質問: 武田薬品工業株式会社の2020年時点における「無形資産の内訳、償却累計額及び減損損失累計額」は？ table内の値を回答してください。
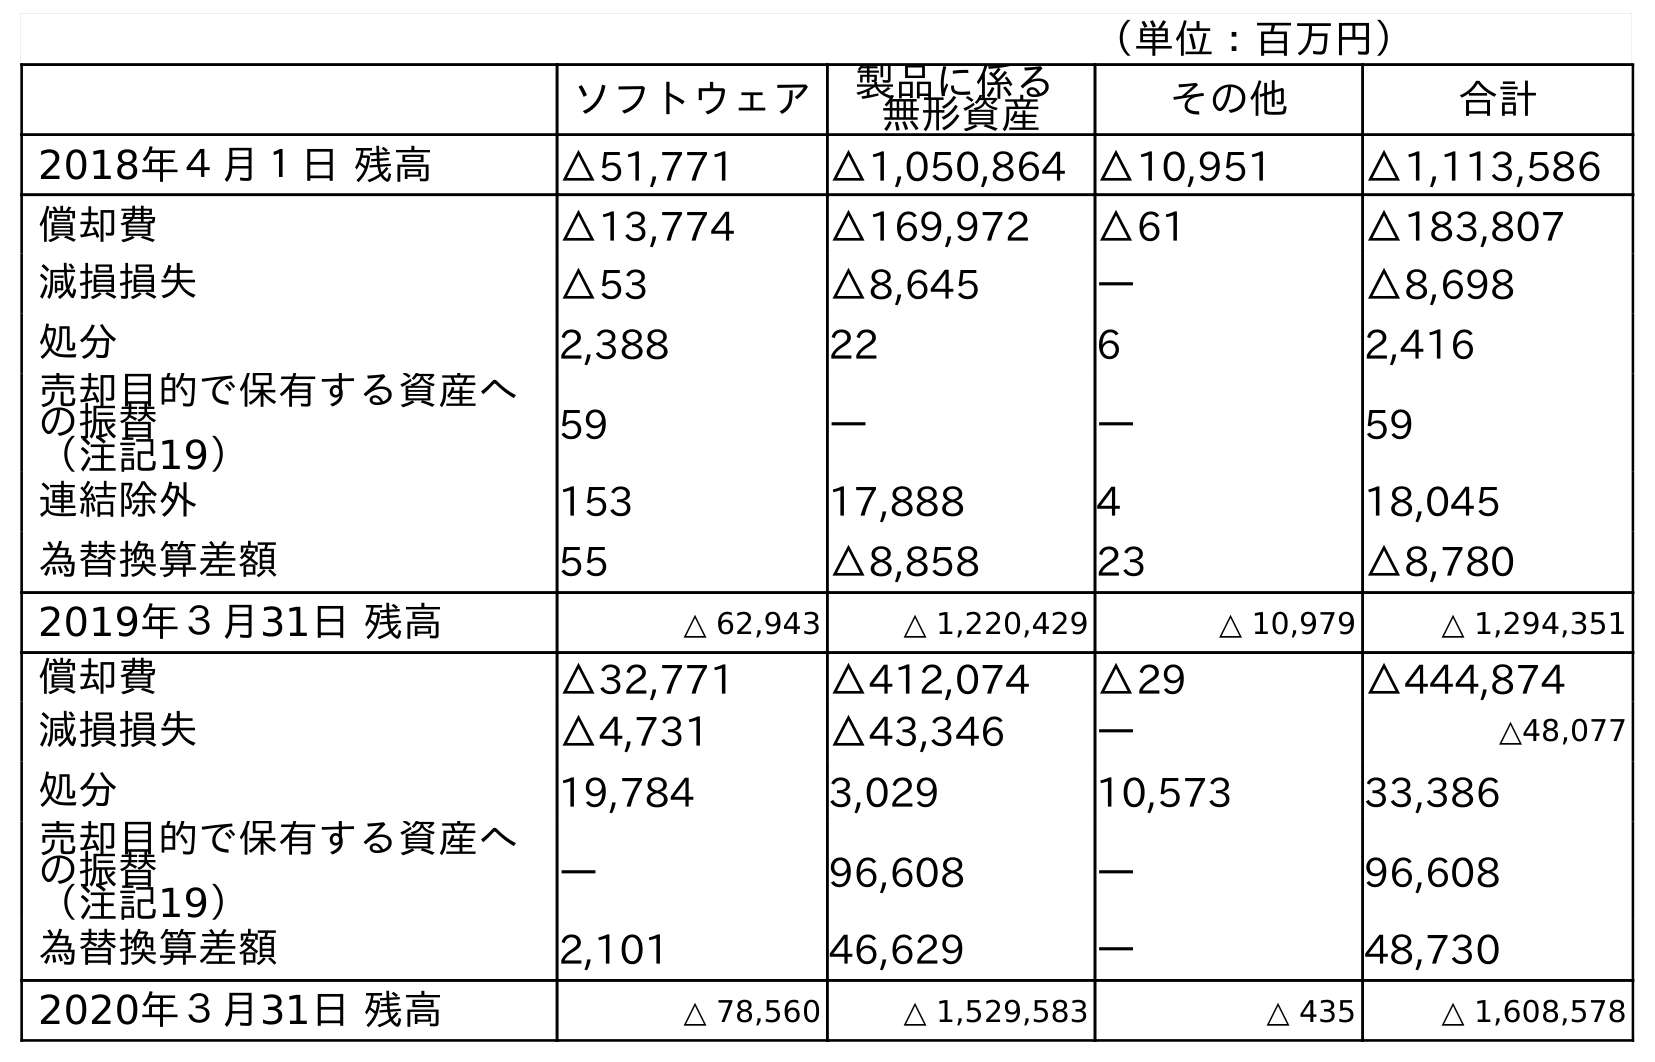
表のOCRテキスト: （単位：百万円） ソフトウェア 製品に係る 無形資産 その他 合計 2018年４月１日 残高 △51,771 △1,050,864 △10,951 △1,113,586 償却費 △13,774 △169,972 △61 △183,807 減損損失 △53 △8,645 ― △8,698 処分 2,388 22 6 2,416 売却目的で保有する資産へ の振替 （注記19） 59 ― ― 59 連結除外 153 17,888 4 18,045 為替換算差額 55 △8,858 23 △8,780 2019年３月31日 残高 △ 62,943 △ 1,220,429 △ 10,979 △ 1,294,351 償却費 △32,771 △412,074 △29 △444,874 減損損失 △4,731 △43,346 ― △48,077 処分 19,784 3,029 10,573 33,386 売却目的で保有する資産へ の振替 （注記19） ― 96,608 ― 96,608 為替換算差額 2,101 46,629 ― 48,730 2020年３月31日 残高 △ 78,560 △ 1,529,583 △ 435 △ 1,608,578
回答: △1,608,578